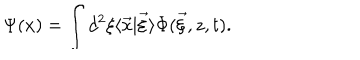
\Psi ( x ) = \int d ^ { 2 } \xi \langle \vec { x } | \vec { \xi } \rangle \Phi ( \vec { \xi } , z , t ) .